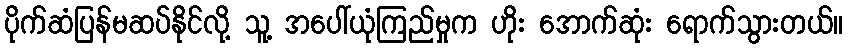
ပိုက်ဆံပြန်မဆပ်နိုင်လို့ သူ့ အပေါ်ယုံကြည်မှုက ဟိုး အောက်ဆုံး ရောက်သွားတယ်။